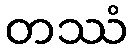
တဿံ